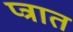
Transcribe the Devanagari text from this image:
प्त्रात